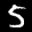
Label: 5